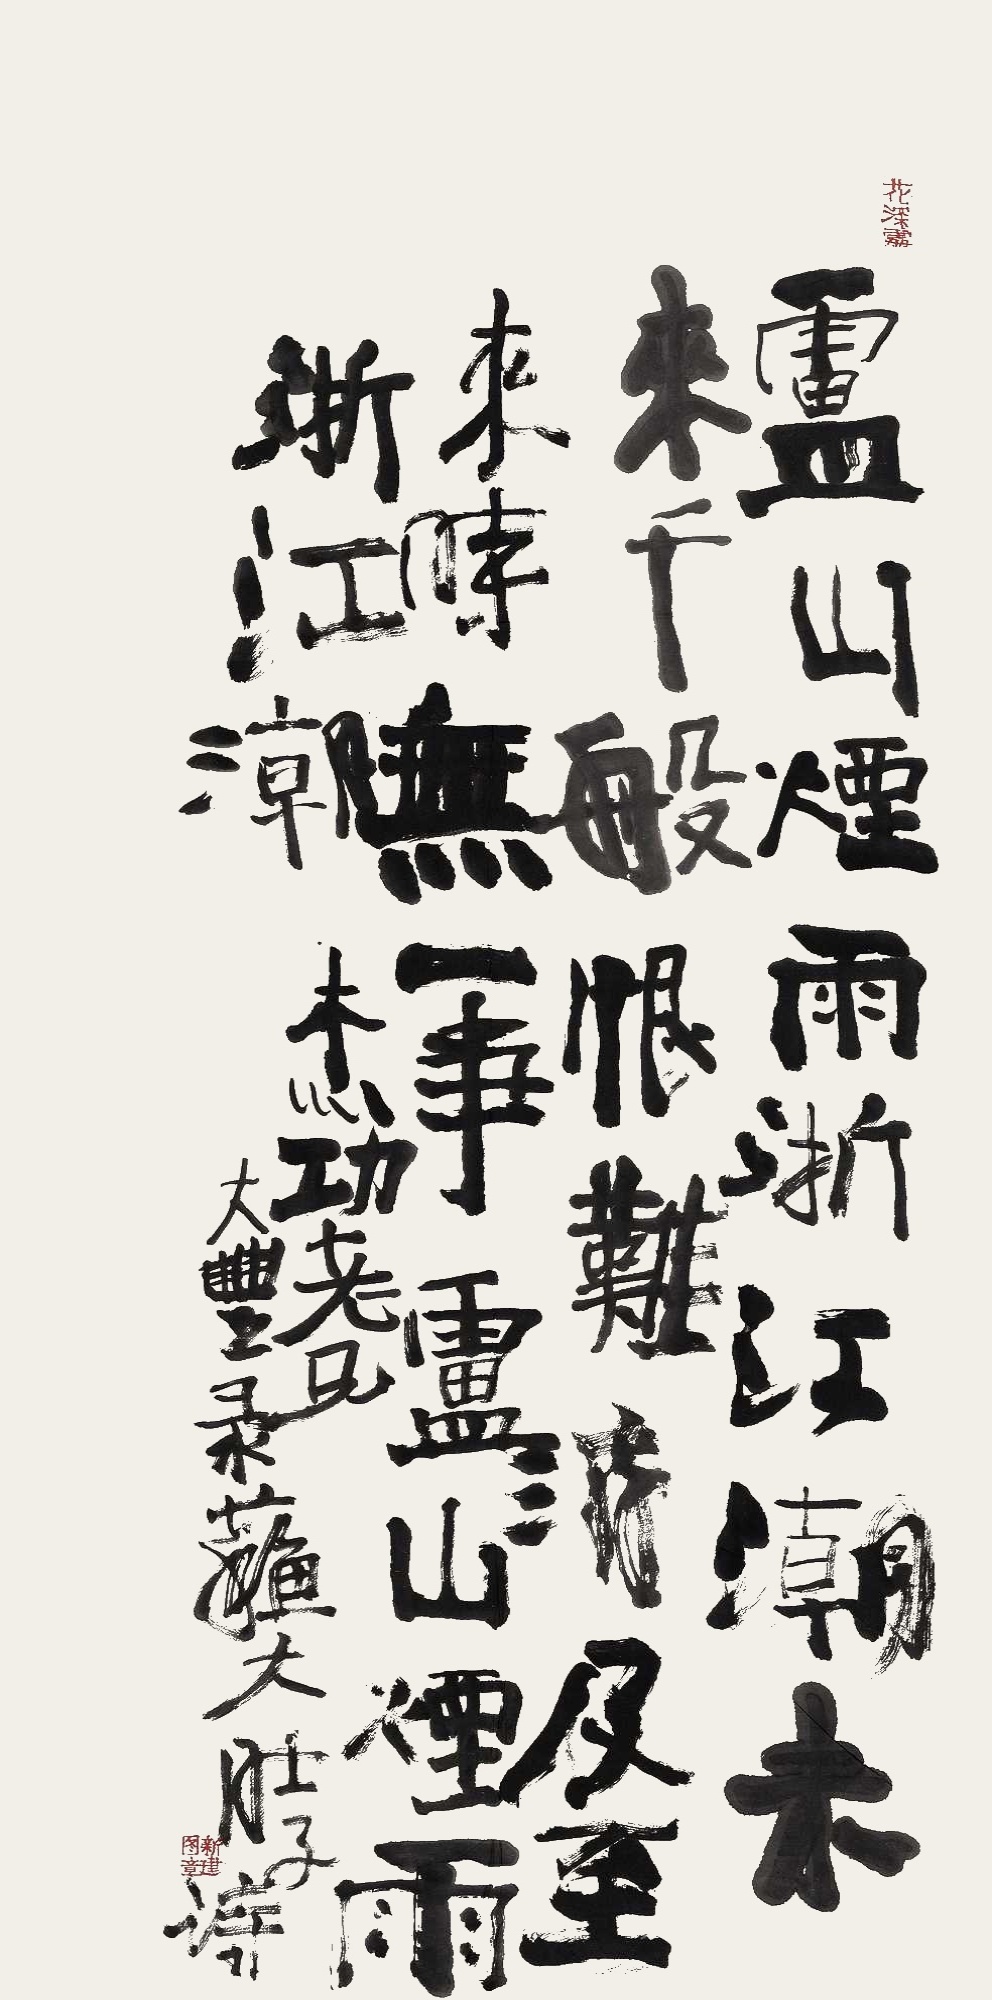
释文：庐山烟雨浙江潮，未来千般恨难消。及至来时无一事，庐山烟雨浙江潮。杰功老兄，大丰录苏大肚子诗。